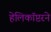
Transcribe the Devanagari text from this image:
हेलिकॉप्टरने